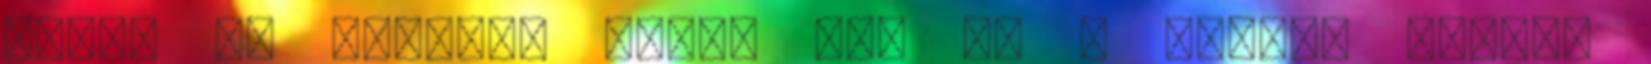
hozzá az üveget, hátha azt is a falhoz vágja.